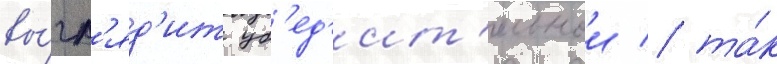
вы́гл'яд'ит уб'ед'ит'ельнои / та́к